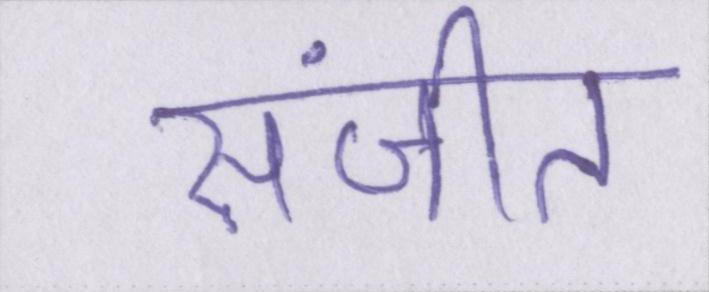
संजीत